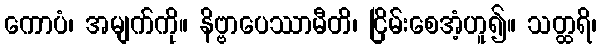
ကောပံ၊ အမျက်ကို။ နိဗ္ဗာပေဿာမီတိ၊ ငြိမ်းစေအံ့ဟူ၍။ သတ္ထရိ၊